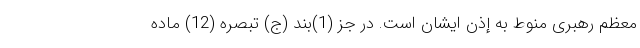
معظم رهبری منوط به إذن ایشان است. در جز (1)بند (ج) تبصره (12) ماده